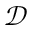
\mathcal { D }